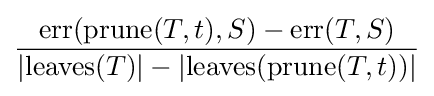
{\frac {\operatorname {err} (\operatorname {prune} (T,t),S)-\operatorname {err} (T,S)}{\left\vert \operatorname {leaves} (T)\right\vert -\left\vert \operatorname {leaves} (\operatorname {prune} (T,t))\right\vert }}